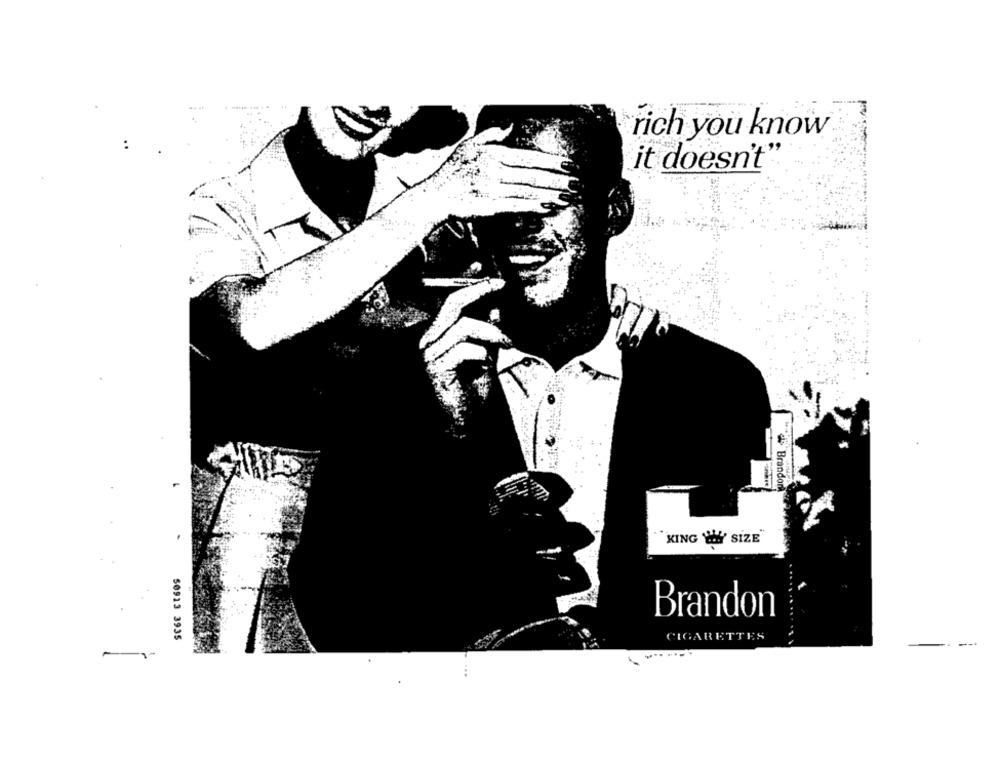
rich you know
it doesn't'
"die Brandon
KING ' SIZE"
Brandon
50913 3935
CIGARETTES
-